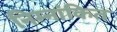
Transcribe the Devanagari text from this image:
निम्नांकित